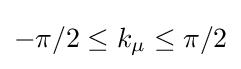
-\pi /2\leq k_{\mu }\leq \pi /2